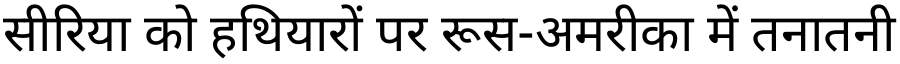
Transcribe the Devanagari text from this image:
सीरिया को हथियारों पर रूस-अमरीका में तनातनी